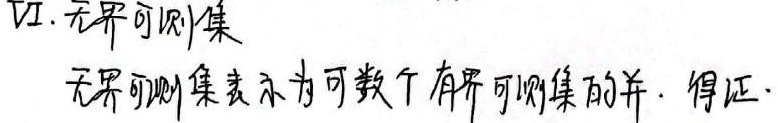
证. 无界可测集表示为可数个有界可测集的并. 得证.